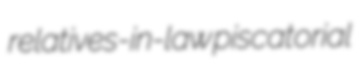
relatives-in-law piscatorial